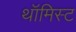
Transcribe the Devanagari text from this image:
थॉमिस्ट